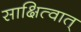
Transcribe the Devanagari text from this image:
साक्षित्वात्